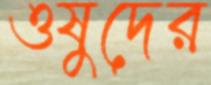
ওষুদের